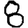
Digit: 8